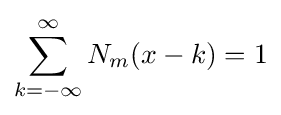
\sum _{k=-\infty }^{\infty }N_{m}(x-k)=1